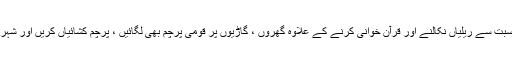
انہوں نے کارکنوں کو ہدایت کی کہ وہ یوم آزادی کی مناسبت سے ریلیاں نکالنے اور قرآن خوانی کرنے کے علاوہ گھروں ، گاڑیوں پر قومی پرچم بھی لگائیں ، پرچم کشائیاں کریں اور شہریوں کو بھی اس حوالے سے زیادہ سے زیادہ ترغیب دیں۔